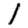
Digit: 1